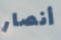
أنصار